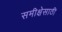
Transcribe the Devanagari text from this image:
समीक्षेसाठी